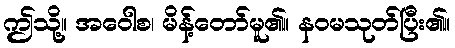
ဤသို့။ အဝေါစ၊ မိန့်တော်မူ၏။ နဝမသုတ်ပြီး၏။